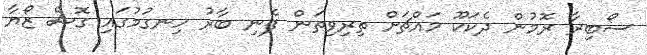
ސޯބިރާ ރޮމުން ދެކަކޫ މައްޗަށް ތިރިވިތަން ފެނި ބާރު ހިނގުމުގައި ގޮސް ޒޯޔާ